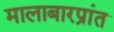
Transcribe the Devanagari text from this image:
मालाबारप्रांत